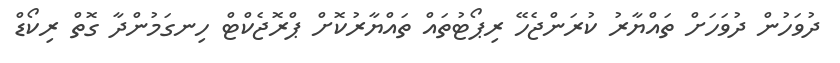
ދުވަހުން ދުވަހަށް ތައްޔާރު ކުރަންޖެހޭ ރިޕޯޓުތައް ތައްޔާރުކޮށް ޕްރޮޖެކްޓް ހިނގަމުންދާ ގޮތް ރިކޯޑް